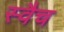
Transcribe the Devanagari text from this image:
स्वैच